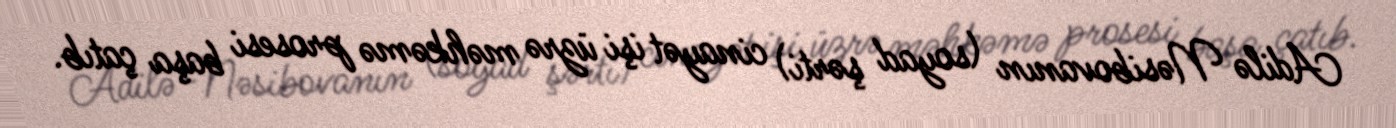
Adilə Nəsibovanın (soyad şərti) cinayət işi üzrə məhkəmə prosesi başa çatıb.